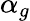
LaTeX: \alpha_{g}